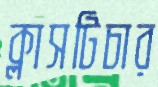
ক্লাসটিচার